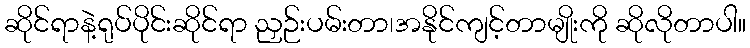
ဆိုင်ရာနဲ့ရုပ်ပိုင်းဆိုင်ရာ ညှဉ်းပမ်းတာ၊အနိုင်ကျင့်တာမျိုးကို ဆိုလိုတာပါ။